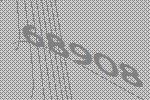
68908